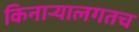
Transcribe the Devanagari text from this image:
किनार्‍यालगतच